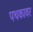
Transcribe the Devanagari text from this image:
पथकावर